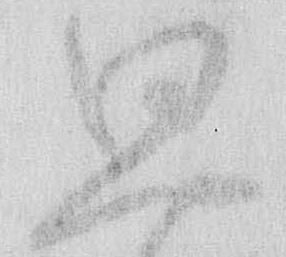
思